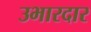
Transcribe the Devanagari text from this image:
उभारदार